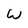
Character: W